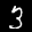
Label: 3